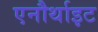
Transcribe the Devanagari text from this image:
एनौर्थाइट